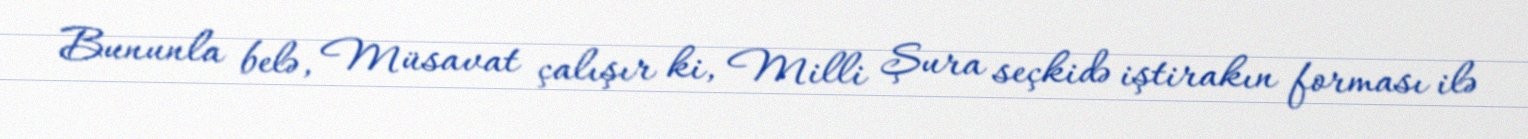
Bununla belə, Müsavat çalışır ki, Milli Şura seçkidə iştirakın forması ilə